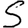
Digit: 5